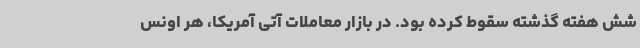
شش هفته گذشته سقوط کرده بود. در بازار معاملات آتی آمریکا، هر اونس